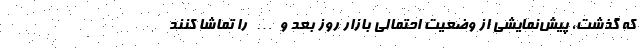
که گذشت، پیش‌نمایشی از وضعیت احتمالی بازار روز بعد و… را تماشا کنند